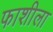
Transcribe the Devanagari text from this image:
फाशीला